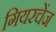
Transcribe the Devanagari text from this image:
गियरचेंज